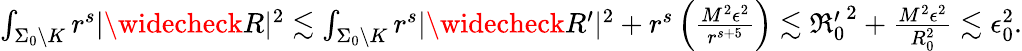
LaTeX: \begin{array}{r}{\int_{\Sigma_{0}\setminus K}r^{s}|\widecheck R|^{2}\lesssim\int_{\Sigma_{0}\setminus K}r^{s}|\widecheck R^{\prime}|^{2}+r^{s}\left(\frac{M^{2}\epsilon^{2}}{r^{s+5}}\right)\lesssim{\mathfrak{R}_{0}^{\prime}}^{2}+\frac{M^{2}\epsilon^{2}}{R_{0}^{2}}\lesssim\epsilon_{0}^{2}.}\end{array}